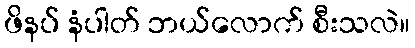
ဖိနပ် နံပါတ် ဘယ်လောက် စီးသလဲ။